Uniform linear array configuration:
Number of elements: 8
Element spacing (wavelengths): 1
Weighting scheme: blackman
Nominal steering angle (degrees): -60
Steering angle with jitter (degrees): -60.273
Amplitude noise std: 0.05
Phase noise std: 0.05

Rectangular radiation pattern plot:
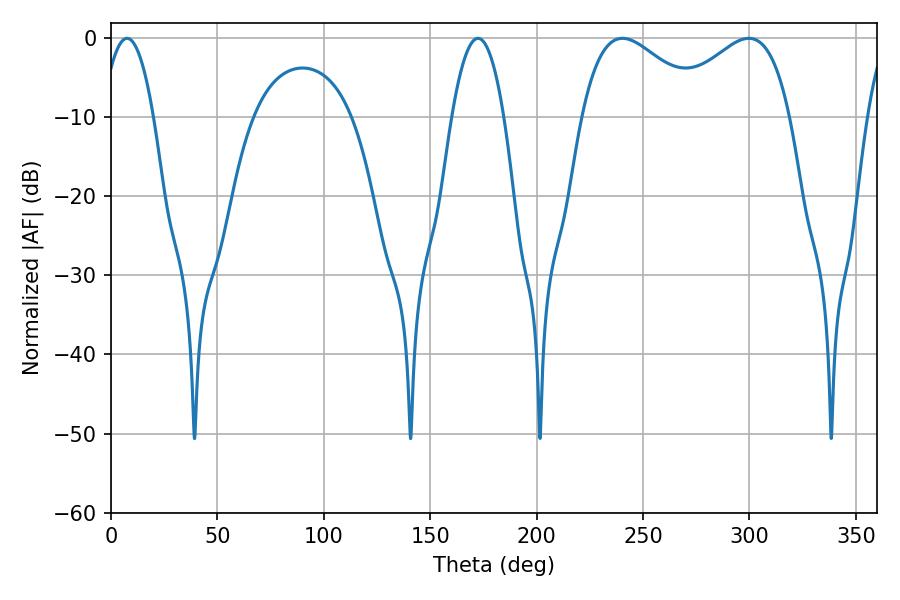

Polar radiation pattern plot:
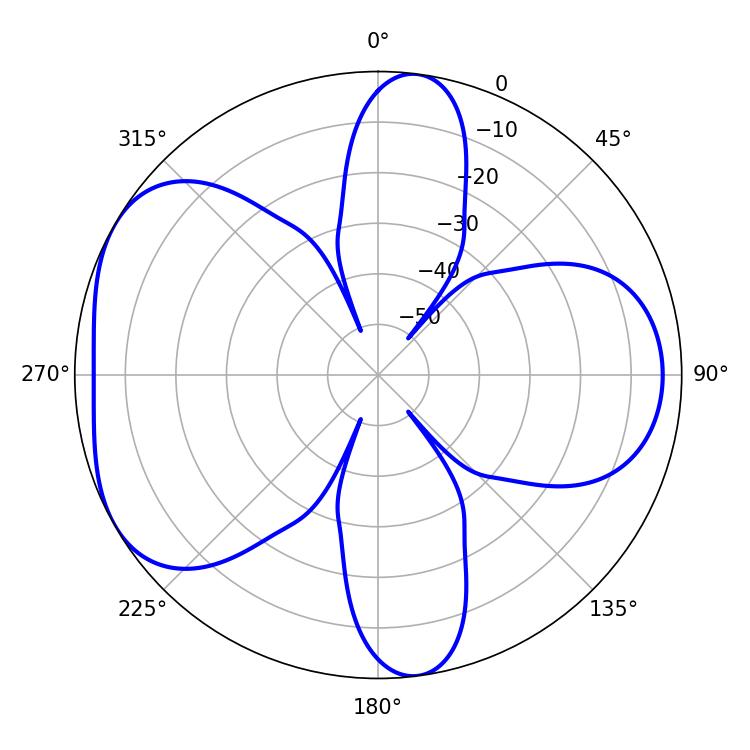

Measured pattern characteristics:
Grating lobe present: TRUE
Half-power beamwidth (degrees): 31.68
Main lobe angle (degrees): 240.3